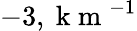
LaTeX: -3,\mathrm{~k~m~}^{-1}